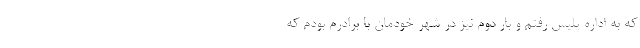
که به اداره پلیس رفتم و بار دوم نیز در شهر خودمان با برادرم بودم که